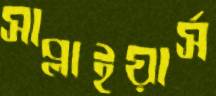
সাপ্লাইয়ার্স